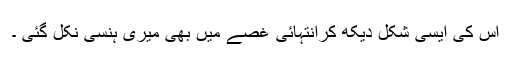
اس کی ایسی شکل دیکھ کرانتہائی غصے میں بھی میری ہنسی نکل گئی ۔